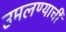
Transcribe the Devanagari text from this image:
उमलण्याची